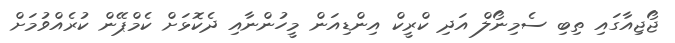
ޖޯޖިއާގައި ތިބި ސެމިނޯލް އަދި ކްރީކް އިންޑިއަން މީހުންނާއި ދެކޮޅަށް ކެމްޕޭން ކުރެއްވުމަށް